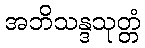
အဘိသန္ဒသုတ္တံ